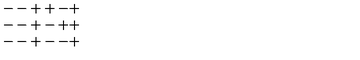
\begin{array} { c } { -- + + - + } \\ { -- + - + + } \\ { -- + -- + } \\ \end{array}